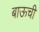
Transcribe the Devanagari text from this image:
बाऊची